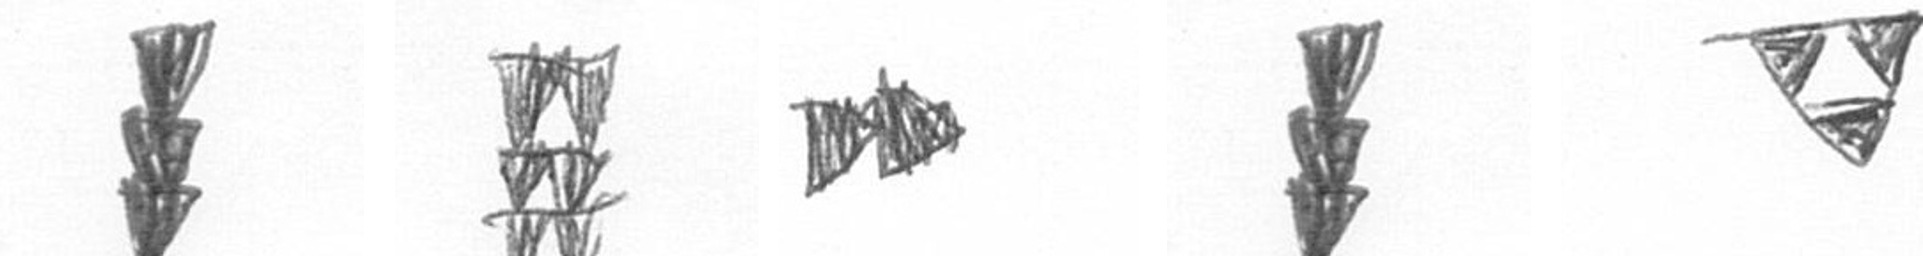
E Y A E S